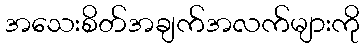
အသေးစိတ်အချက်အလက်များကို